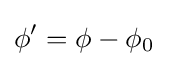
\phi '=\phi -\phi _{0}~